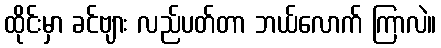
ထိုင်းမှာ ခင်ဗျား လည်ပတ်တာ ဘယ်လောက် ကြာလဲ။